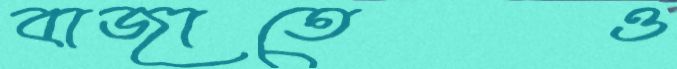
বাজাতেও